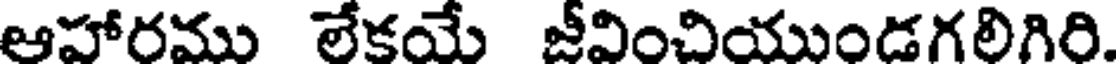
ఆహారము లేకయే జీవించియుండగలిగిరి.